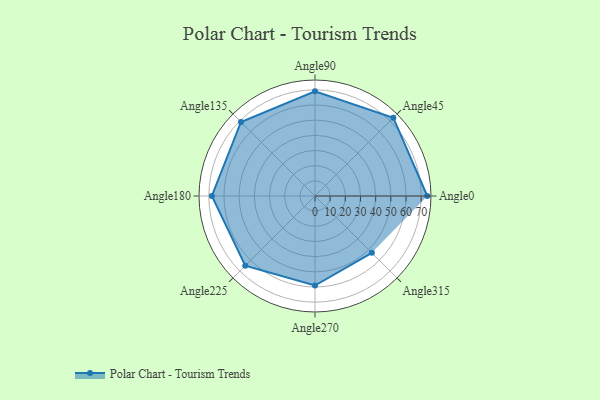
{"axis": {"x": "Angle", "y": "Radius"}, "legend": [""], "data": [{"x": "Angle0", "y": 74.0, "type": ""}, {"x": "Angle45", "y": 73.0, "type": ""}, {"x": "Angle90", "y": 69.0, "type": ""}, {"x": "Angle135", "y": 69.0, "type": ""}, {"x": "Angle180", "y": 68.0, "type": ""}, {"x": "Angle225", "y": 65.0, "type": ""}, {"x": "Angle270", "y": 59.0, "type": ""}, {"x": "Angle315", "y": 53.0, "type": ""}]}